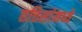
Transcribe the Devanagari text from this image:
छत्तिसांमध्ये